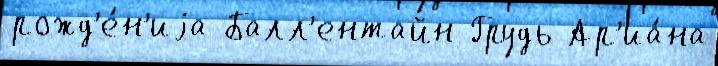
рожд'е́н'иjа Балл'ентайн Грудь Ар'иа́на